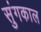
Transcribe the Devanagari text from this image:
सुंगकाल